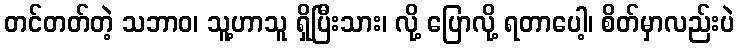
တင်တတ်တဲ့ သဘာဝ၊ သူ့ဟာသူ ရှိပြီးသား၊ လို့ ပြောလို့ ရတာပေါ့၊ စိတ်မှာလည်းပဲ